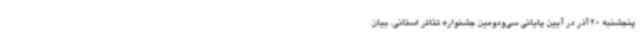
پنجشنبه 20 آذر در آیین پایانی سی‌ودومین جشنواره تئاتر استانی، بیان